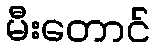
မီးတောင်